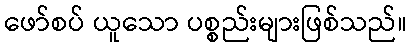
ဖော်စပ် ယူသော ပစ္စည်းများဖြစ်သည်။